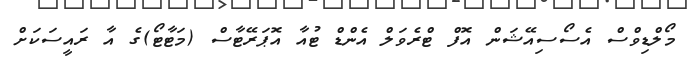
މޯލްޑިވްސް އެސޯސިއޭޝަން އޮފް ޓްރެވަލް އެންޑް ޓުއާ އޮޕަރޭޓާސް (މަޓާޓޯ)ގެ އާ ރައީސަކަށް